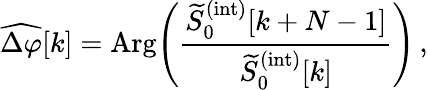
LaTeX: \widehat{\Delta\varphi}[k]=\mathrm{Arg}\Bigg(\frac{\widetilde{S}_{0}^{(\mathrm{int})}[k+N-1]}{\widetilde{S}_{0}^{(\mathrm{int})}[k]}\Bigg)\, ,